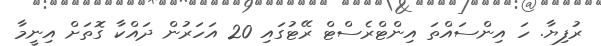
ރުފިޔާ. ހަ އިންސައްތަ އިންޓްރެސްޓް ރޭޓުގައި 20 އަހަރުން ދައްކާ ގޮތަށް އިނީމާ